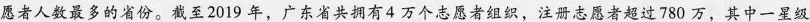
愿者人数最多的省份。截至2019年，广东省共拥有4万个志愿者组织，注册志愿者超过780万，其中一星级